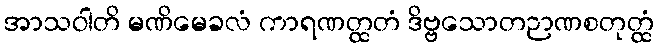
အာသဝါတိ မဏိမေခလံ ကာရဏတ္ထတံ ဒိဗ္ဗသောတဉာဏစတုတ္ထံ